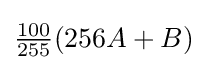
{\tfrac {100}{255}}(256A+B)